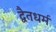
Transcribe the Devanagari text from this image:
द्वैतधर्म